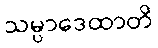
သမ္ပာဒေထာတိ